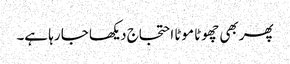
پھر بھی چھوٹا موٹا احتجاج دیکھا جا رہا ہے۔